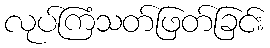
လုပ်ကြံသတ်ဖြတ်ခြင်း